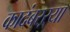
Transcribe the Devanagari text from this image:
कादंबरऱ्या